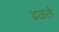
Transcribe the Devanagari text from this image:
ढळले